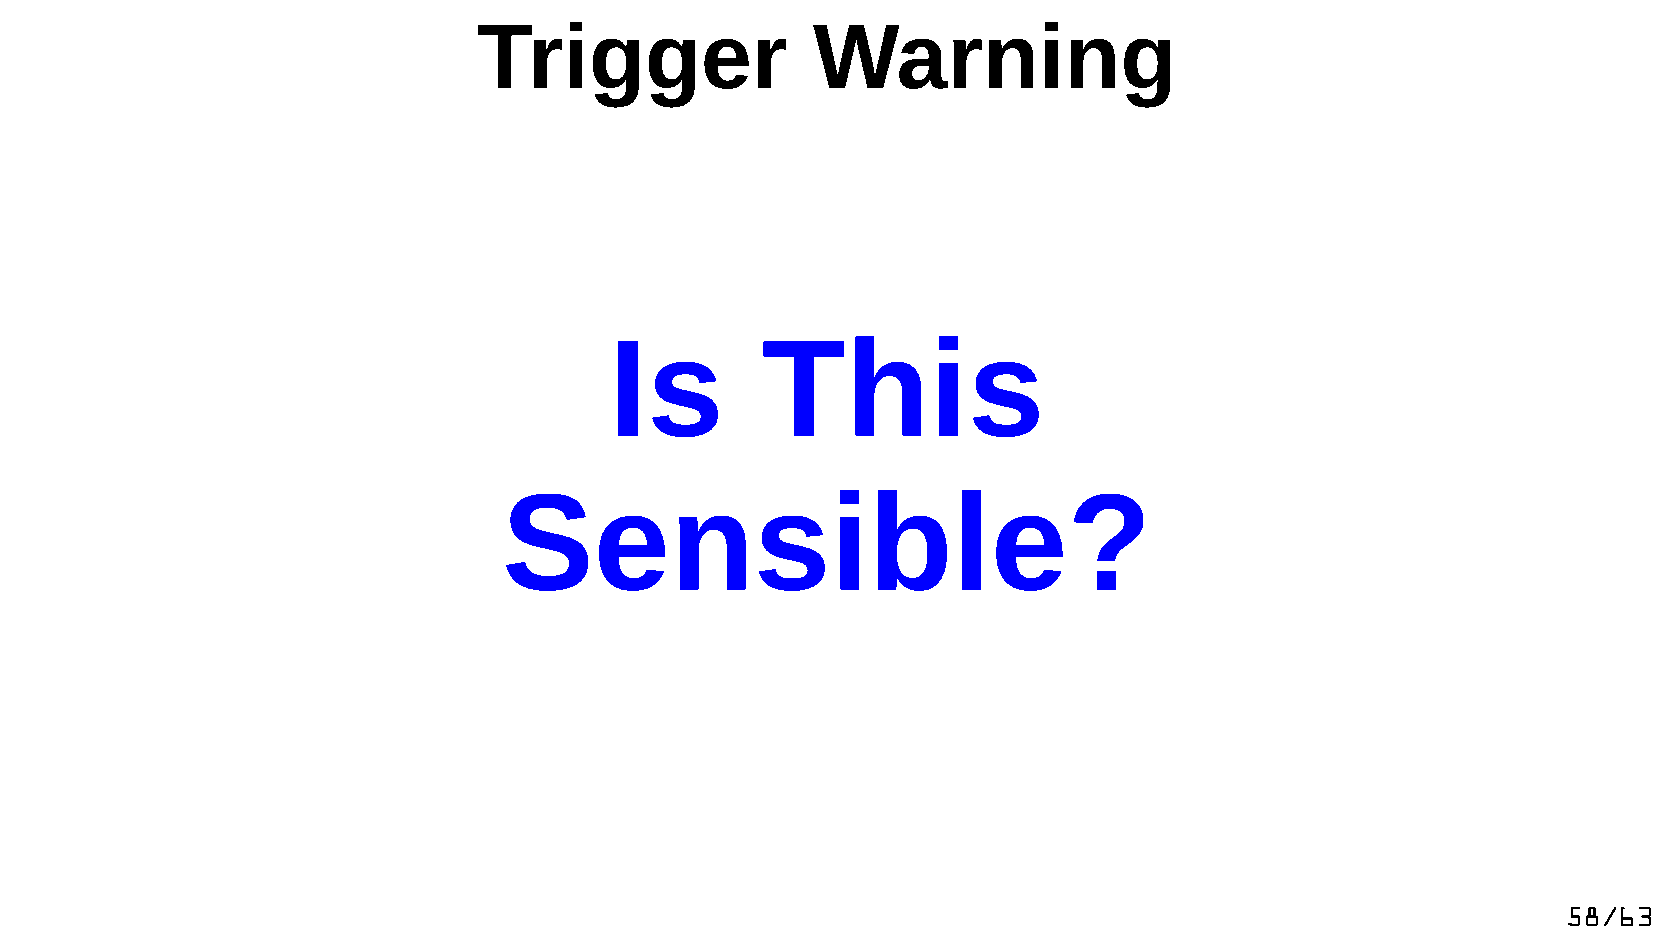
Trigger               Warning
 Is        This
 Sensible?
 58/63